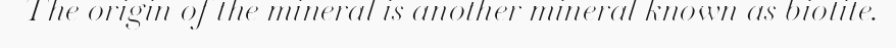
The origin of the mineral is another mineral known as biotite.